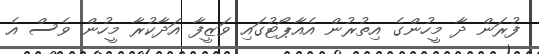
ފުރަން ދާ މީހުންގެ އިތުރުން އެއާޕޯޓުގައި ވަޒީފާ އަދާކުރާ މީހުން ވެސް އެ